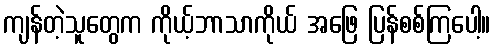
ကျန်တဲ့သူတွေက ကိုယ့်ဘာသာကိုယ် အဖြေ ပြန်စစ်ကြပေါ့။